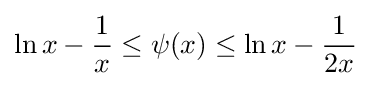
\ln x-{\frac {1}{x}}\leq \psi (x)\leq \ln x-{\frac {1}{2x}}